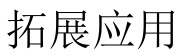
拓展应用